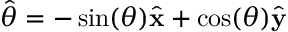
{ \hat { \boldsymbol { \theta } } } = - \sin ( \theta ) { \hat { \mathbf { x } } } + \cos ( \theta ) { \hat { \mathbf { y } } }